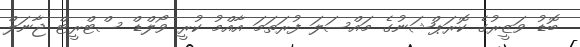
ބޮޑު ވަޒީރުގެ ކޮރަޕްޝަނުގެ މައްސަލަ ފުރަތަމަ އާއްމު ކުރީ ވޯލްޑް ސްޓްރީޓް ޖާނަލް